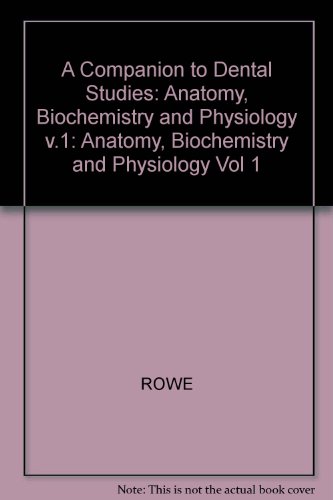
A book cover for A Companion to Dental Studies: Anatomy, Biochemistry and Physiology v.1 (Vol 1); Medical Books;